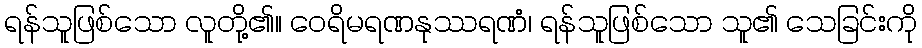
ရန်သူဖြစ်သော လူတို့၏။ ဝေရိမရဏနုဿရဏံ၊ ရန်သူဖြစ်သော သူ၏ သေခြင်းကို